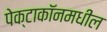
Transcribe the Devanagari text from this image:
पेक्टाकॉनमधील